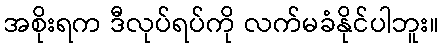
အစိုးရက ဒီလုပ်ရပ်ကို လက်မခံနိုင်ပါဘူး။